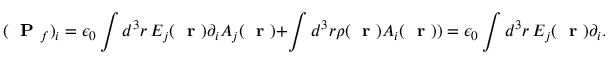
( \mathrm { ~ \bf ~ P ~ } _ { f } ) _ { i } = \epsilon _ { 0 } \int d ^ { 3 } r \, E _ { j } ( \mathrm { ~ \bf ~ r ~ } ) \partial _ { i } A _ { j } ( \mathrm { ~ \bf ~ r ~ } ) + \int d ^ { 3 } r \rho ( \mathrm { ~ \bf ~ r ~ } ) A _ { i } ( \mathrm { ~ \bf ~ r ~ } ) ) = \epsilon _ { 0 } \int d ^ { 3 } r \, E _ { j } ( \mathrm { ~ \bf ~ r ~ } ) \partial _ { i } A _ { j } ( \mathrm { ~ \bf ~ r ~ } ) + \sum _ { a = 1 } ^ { N } q _ { a } A _ { i } ( \mathrm { ~ \bf ~ r ~ } _ { a } )